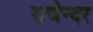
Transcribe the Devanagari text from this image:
राजेन्दर